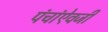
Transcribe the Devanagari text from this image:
पंचांऐवजी